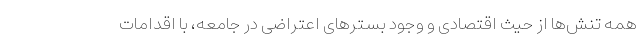
همه تنش‌ها از حیث اقتصادی و وجود بستر‌های اعتراضی در جامعه، با اقدامات